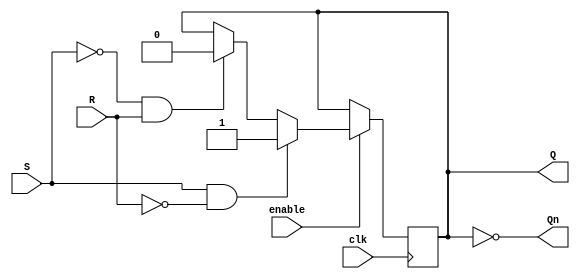
module gated_sr_flip_flop (
    input S, // Set input
    input R, // Reset input
    input clk, // Clock input
    input enable, // Enable input
    output reg Q, // Output
    output reg Qn // Complement output
);

always @(posedge clk) begin
    if (enable) begin
        if (S && !R) // Set
            Q <= 1;
        else if (!S && R) // Reset
            Q <= 0;
    end
end

assign Qn = ~Q;

endmodule